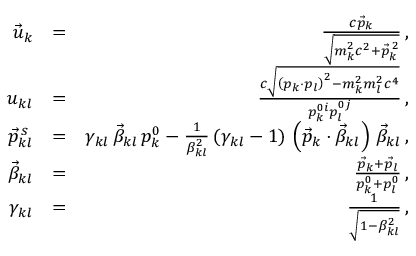
\begin{array} { r l r } { \vec { u } _ { k } } & { = } & { \frac { c \vec { p } _ { k } } { \sqrt { m _ { k } ^ { 2 } c ^ { 2 } + \vec { p } _ { k } ^ { \, 2 } } } \, , } \\ { u _ { k l } } & { = } & { \frac { c \sqrt { \left( p _ { k } \cdot p _ { l } \right) ^ { 2 } - m _ { k } ^ { 2 } m _ { l } ^ { 2 } c ^ { 4 } } } { p _ { k } ^ { 0 i } p _ { l } ^ { 0 j } } \, , } \\ { \vec { p } _ { k l } ^ { \, s } } & { = } & { \gamma _ { k l } \, \vec { \beta } _ { k l } \, p _ { k } ^ { 0 } - \frac { 1 } { \beta _ { k l } ^ { 2 } } \, ( \gamma _ { k l } - 1 ) \, \left( \vec { p } _ { k } \cdot \vec { \beta } _ { k l } \right) \, \vec { \beta } _ { k l } \, , } \\ { \vec { \beta } _ { k l } } & { = } & { \frac { \vec { p } _ { k } + \vec { p } _ { l } } { p _ { k } ^ { 0 } + p _ { l } ^ { 0 } } \, , } \\ { \gamma _ { k l } } & { = } & { \frac { 1 } { \sqrt { 1 - \beta _ { k l } ^ { 2 } } } \, , } \end{array}